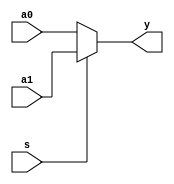
module mux2x5 (a0,a1,s,y);
    input  [4:0] a0,a1;
    input         s;
    output [4:0] y;
    assign y = s ? a1 : a0; // like C
endmodule